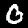
Digit: 0